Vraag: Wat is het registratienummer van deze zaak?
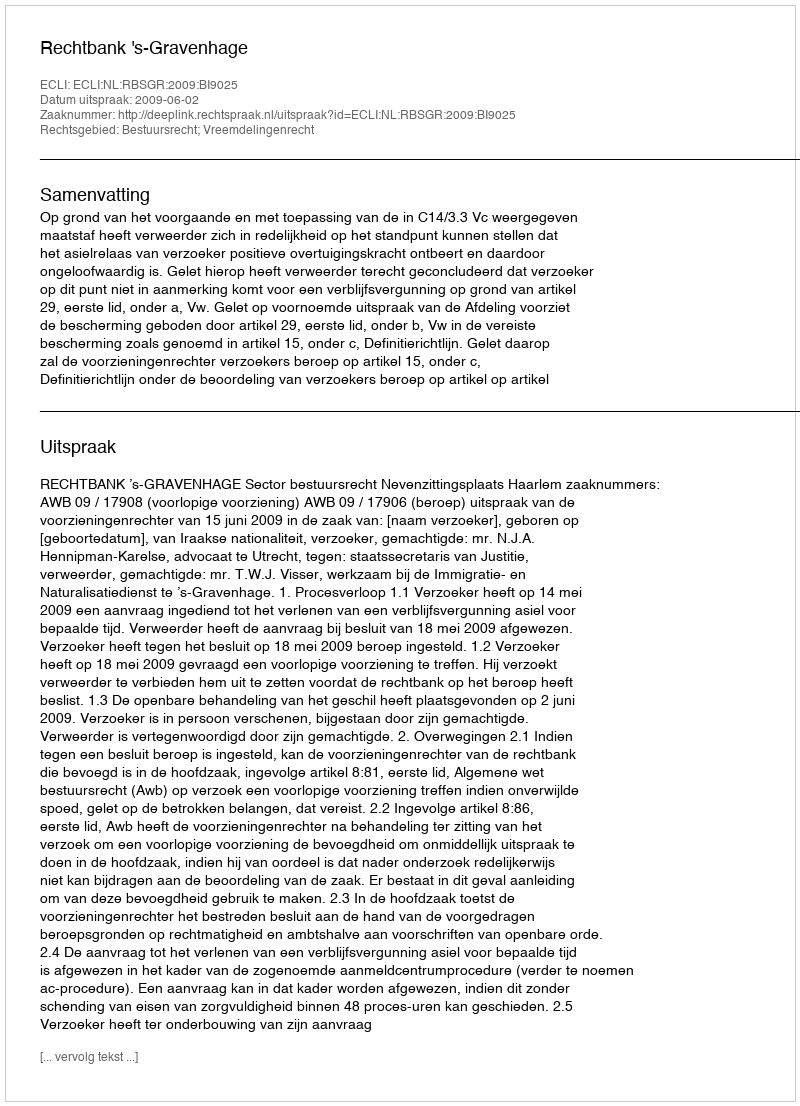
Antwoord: http://deeplink.rechtspraak.nl/uitspraak?id=ECLI:NL:RBSGR:2009:BI9025